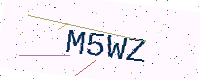
Text: M5WZ